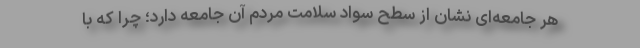
هر جامعه‌ای نشان از سطح سواد سلامت مردم آن جامعه دارد؛ چرا که با